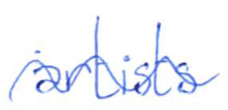
Text: artists
Cross-out: wave
Writing tool: ballpoint